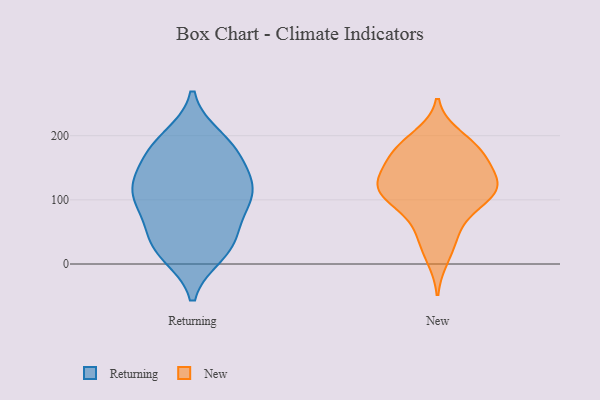
{"axis": {"x": "Population (Million)", "y": "Value"}, "legend": ["New", "Returning"], "data": [{"x": "", "y": 44, "type": "Returning"}, {"x": "", "y": 24, "type": "Returning"}, {"x": "", "y": 171, "type": "Returning"}, {"x": "", "y": 196, "type": "Returning"}, {"x": "", "y": 186, "type": "Returning"}, {"x": "", "y": 118, "type": "Returning"}, {"x": "", "y": 176, "type": "Returning"}, {"x": "", "y": 107, "type": "Returning"}, {"x": "", "y": 25, "type": "Returning"}, {"x": "", "y": 116, "type": "Returning"}, {"x": "", "y": 110, "type": "Returning"}, {"x": "", "y": 114, "type": "Returning"}, {"x": "", "y": 149, "type": "Returning"}, {"x": "", "y": 89, "type": "Returning"}, {"x": "", "y": 16, "type": "Returning"}, {"x": "", "y": 58, "type": "Returning"}, {"x": "", "y": 82, "type": "New"}, {"x": "", "y": 184, "type": "New"}, {"x": "", "y": 199, "type": "New"}, {"x": "", "y": 10, "type": "New"}, {"x": "", "y": 159, "type": "New"}, {"x": "", "y": 130, "type": "New"}, {"x": "", "y": 170, "type": "New"}, {"x": "", "y": 118, "type": "New"}, {"x": "", "y": 123, "type": "New"}, {"x": "", "y": 52, "type": "New"}, {"x": "", "y": 116, "type": "New"}, {"x": "", "y": 151, "type": "New"}, {"x": "", "y": 120, "type": "New"}, {"x": "", "y": 39, "type": "New"}, {"x": "", "y": 187, "type": "New"}, {"x": "", "y": 95, "type": "New"}, {"x": "", "y": 108, "type": "New"}, {"x": "", "y": 167, "type": "New"}, {"x": "", "y": 112, "type": "New"}]}